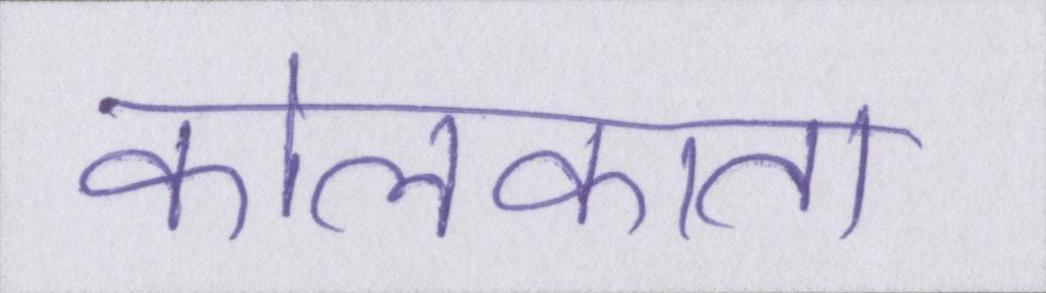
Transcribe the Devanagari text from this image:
कोलकाता